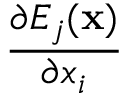
\frac { \partial E _ { j } ( { \bf { x } } ) } { \partial x _ { i } }